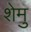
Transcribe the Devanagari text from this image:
शेमु